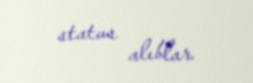
status alıblar.